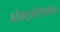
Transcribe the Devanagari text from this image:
ओस्ट्लेगिओनेन